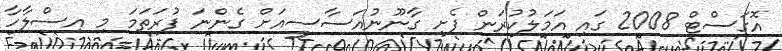
އޮގަސްޓް 2008 ގައި އަމަލުކުރަން ފެށި ގާނޫނުއަސާސީއަށް ގެންނަ ފުރަތަމަ މި އިސްލާހާ